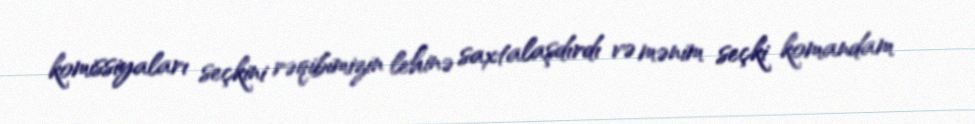
komissiyaları seçkini rəqibimizin lehinə saxtalaşdırdı və mənim seçki komandam